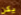
يكن